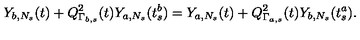
Y _ { b , N _ { s } } ( t ) + Q _ { \Gamma _ { b , s } } ^ { 2 } ( t ) Y _ { a , N _ { s } } ( t _ { s } ^ { b } ) = Y _ { a , N _ { s } } ( t ) + Q _ { \Gamma _ { a , s } } ^ { 2 } ( t ) Y _ { b , N _ { s } } ( t _ { s } ^ { a } ) .